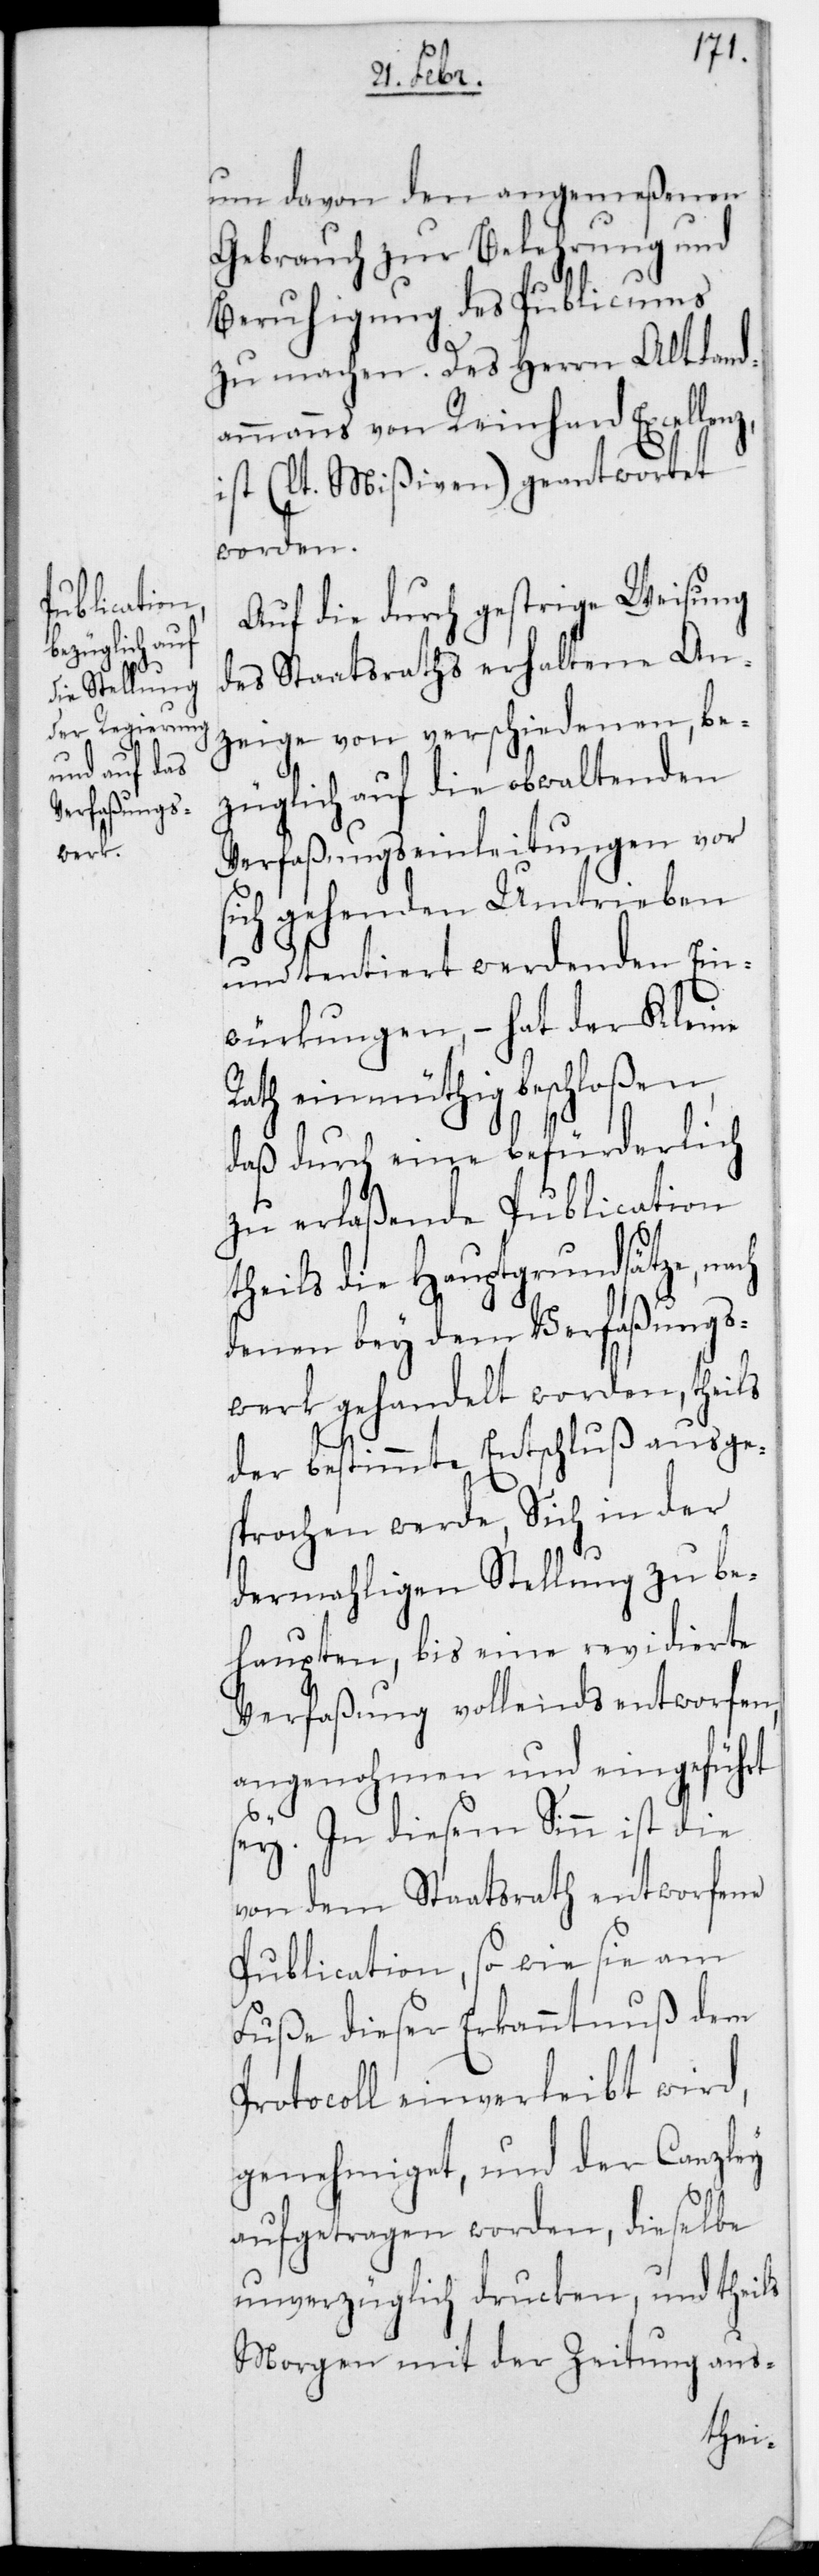
um davon den angemeßenen
Gebrauch zur Belehrung und
Beruhigung des Publicums
zu machen. Des Herrn Altland¬
ammanns von Reinhard Excellenz
ist (lt. Mißiven) geantwortet
worden.
Auf die durch gestrige Weisung
des Staatsraths erhaltene An¬
zeige von verschiedenen, be¬
züglich auf die obwaltenden
Verfaßungseinleitungen vor
sich gehenden Umtrieben
und tentiert werdenden Ein¬
würkungen, – hat der Kleine
Rath einmüthig beschloßen,
daß durch eine befürderlich
zu erlaßende Publication
theils die Hauptgrundsätze, nach
denen bey dem Verfaßungs¬
werk gehandelt worden, theils
der bestimmte Entschluß ausge¬
sprochen werde, sich in der
dermahligen Stellung zu be¬
haupten, bis eine revidierte
Verfaßung vollends entworfen,
angenohmen und eingeführt
sei. In diesem Sinn ist die
von dem Staatsrath entworfene
Publication, so wie sie am
Fuße dieser Erkanntnuß dem
Protocoll einverleibt wird,
genehmiget, und der Canzley
aufgetragen worden, dieselbe
unverzüglich drucken und theils
Morgen mit der Zeitung aus-